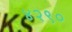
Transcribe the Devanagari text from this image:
४२९०